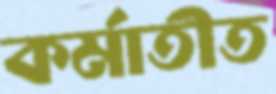
কর্মাতীত